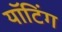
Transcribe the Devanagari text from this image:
यॉटिंग